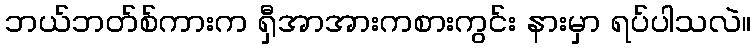
ဘယ်ဘတ်စ်ကားက ရှီအာအားကစားကွင်း နားမှာ ရပ်ပါသလဲ။